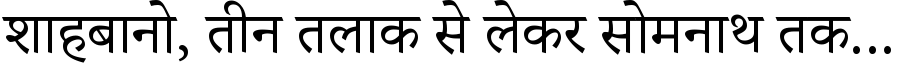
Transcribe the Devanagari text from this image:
शाहबानो, तीन तलाक से लेकर सोमनाथ तक...